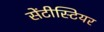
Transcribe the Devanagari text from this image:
सेंटीस्टियर